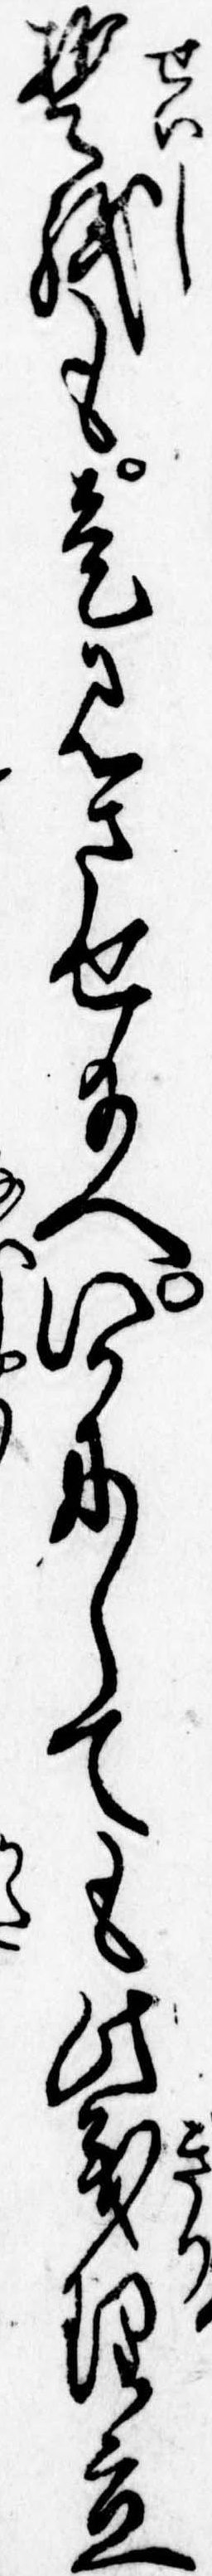
誓紙も是見させ給へいかにしても此義理立